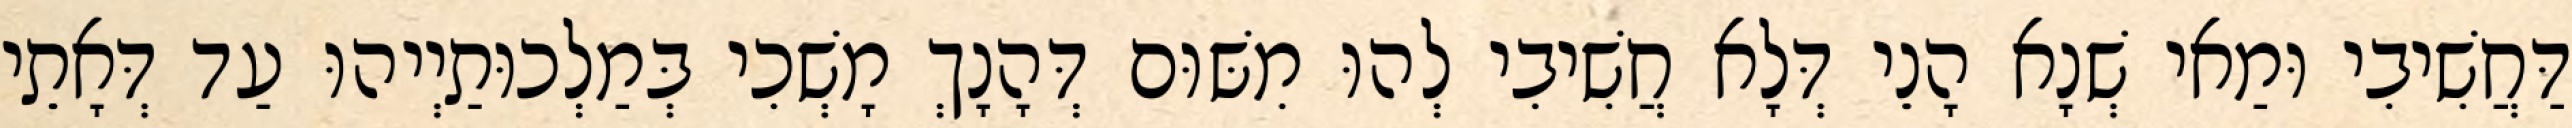
דַּחֲשִׁיבִי וּמַאי שְׁנָא הָנֵי דְּלָא חֲשִׁיבִי לְהוּ מִשּׁוּם דְּהָנָךְ מָשְׁכִי בְּמַלְכוּתַיְיהוּ עַד דְּאָתֵי